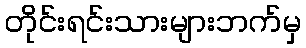
တိုင်းရင်းသားများဘက်မှ